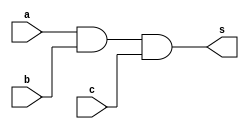
// -------------------------
// Exercicio0009 - AND
// Nome: Flavio Andrade Amaral Motta
// -------------------------

// -------------------------
// -- and gate
// -------------------------
module andgate ( output s,
input a,
input b,
input c);
assign s = (a&b)&c;
endmodule // andgate
// ---------------------
// -- test and gate
// ---------------------
module testandgate;
// ------------------------- dados locais
reg a, b, c; // definir registradores
wire s; // definir conexao (fio)
// ------------------------- instancia
andgate AND1 (s, a, b, c);
// ------------------------- preparacao
initial begin:start
// atribuicao simultanea
// dos valores iniciais
a=0; b=0; c=0;
end
// ------------------------- parte principal
initial begin
$display("Exercicio0009 - Flavio Andrade Amaral Motta - 392001");
$display("Test AND gate");
$display("\na & b & c = s\n");
a=0; b=0;
$monitor("%b %b %b = %b",a, b, c, s);
#1 c=1;
#2 c=0;
#2 b=1;
#3 c=1;
#4 a=1;
#4 b=0;
#4 c=0;
#4 b=1;
#4 c=1;
end
endmodule // testandgate